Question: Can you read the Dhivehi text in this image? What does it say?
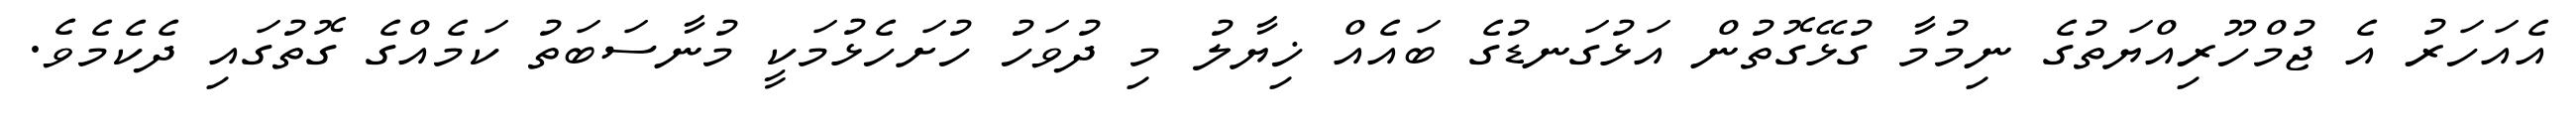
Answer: އެއަހަރު އެ ޖުމްހޫރިއްޔަތުގެ ނިމުމާ ގުޅޭގޮތުން އަޅުގަނޑުގެ ބައެއް ޚިޔާލު މި ދުވަހު ހުށަހެޅުމަކީ މުނާސަބަތު ކަމެއްގެ ގޮތުގައި ދެކެމެވެ.